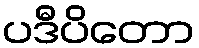
ပဒီပိတော